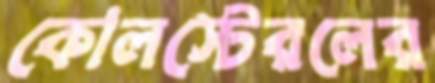
কোলস্টেরলের